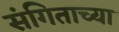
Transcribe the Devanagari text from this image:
संगिताच्या